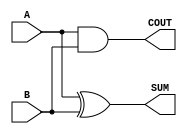
module Parameterized_Half_Adder #(
    parameter WIDTH = 1 // Default width is 1
)(
    input  [WIDTH-1:0] A,  // First operand
    input  [WIDTH-1:0] B,  // Second operand
    output [WIDTH-1:0] SUM, // Sum output
    output COUT            // Carry-out output
);

// Generate the SUM and COUT signals
assign SUM = A ^ B;      // Bitwise XOR for SUM
assign COUT = |(A & B);  // Bitwise AND for carry-out, OR to check if any carry is generated

endmodule